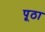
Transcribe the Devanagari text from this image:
पूठा